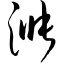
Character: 涨